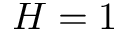
H = 1